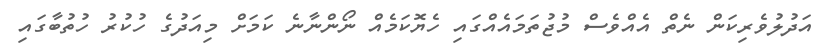
އަދުލުވެރިކަން ނެތް އެއްވެސް މުޖުތަމައެއްގައި ހެޔޮކަމެއް ނޯންނާނެ ކަމަށް މިއަދުގެ ހުކުރު ހުތުބާގައި